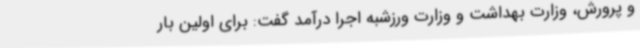
و پرورش، وزارت بهداشت و وزارت ورزشبه اجرا درآمد گفت: برای اولین بار